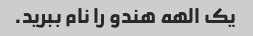
یک الهه هندو را نام ببرید.